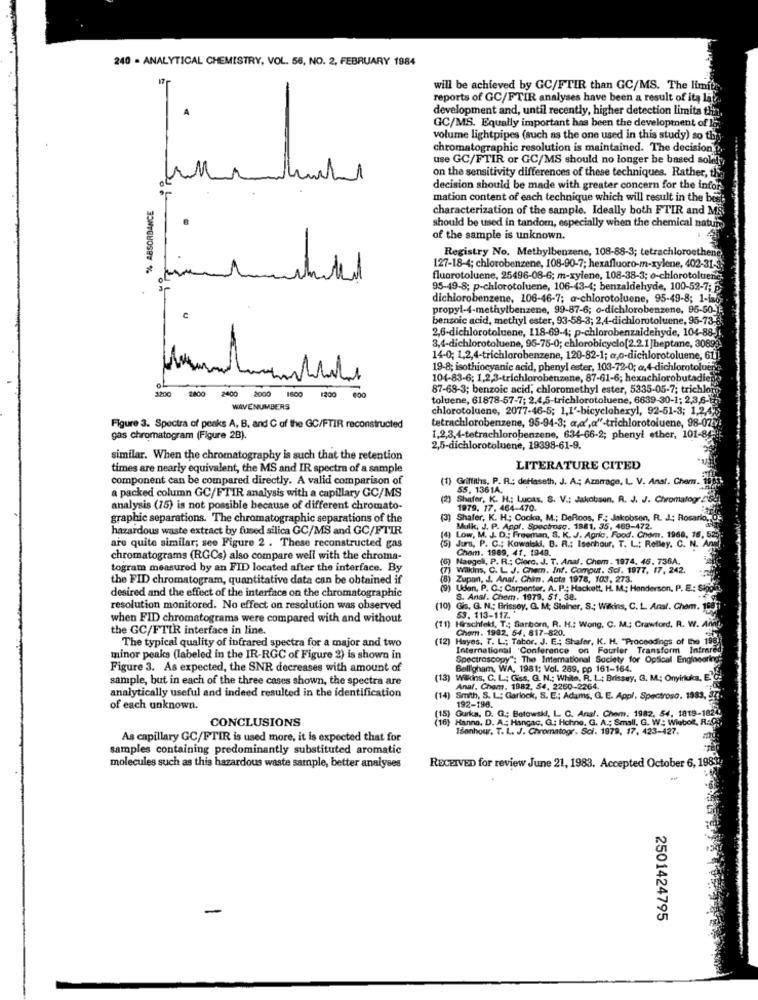
240 - ANALYTICAL CHEMISTRY, VOL. 56, NO. 2, FEBRUARY 1984
17
will be achieved by GC/FTIR than GC/MS. The limits ..
reports of GC/FTIR analyses have been a result of itą lat
development and, until recently, higher detection limita the
GC/MS. Equally important has been the development of Ig.
volume lightpipes (such as the one used in this study) so the
chromatographic resolution is maintained. The decision
use GC/FTIR or GC/MS should no longer be based sold!
on the sensitivity differences of these techniques. Rather, th
decision should be made with greater concern for the infor
line
mation content of each technique which will result in the bis
% ABSORBANCE
characterization of the sample. Ideally both FTIR and MS
should be used in tandom, especially when the chemical nature
of the sample is unknown.
Registry No. Methylbenzene, 108-88-3; tetrachloroethene
127-18-4; chlorobenzene, 108-90-7; hexafluoro-m-xylene, 402-31-
fluorotoluene, 25496-08-6; m-xylene, 108-38-3; o-chlorotoluene
95-49-8; p-chlorotoluene, 106-43-4; benzaldehyde, 100-52-7; p.
dichlorobenzene, 106-46-7; a-chlorotoluene, 95-49-8; 1-in6
propyl-4-methylbenzene, 99-87-6; o-dichlorobenzene, 95-50-):
benzoic acid, methyl ester, 93-58-3; 2,4-dichlorotoluene, 95-73.
2,6-dichlorotoluene, 118-69-4; p-chlorobenzaldehyde, 104-88.
3,4-dichlorotoluene, 95-75-0; chlorobicyclo[2.2.1]heptane, 3089
14-0; 1,2,4-trichlorobenzene, 120-82-1; a,o-dichlorotoluene, 61
19-8; isothiocyanic acid, phenyl ester, 103-72-0; a.4-dichlorotolu
104-83-6; 1,2,3-trichlorobenzene, 87-61-6; hexachlorobutadie
3200
2800 2400
87-68-3; benzoic acid, chloromethyl ester, 5335-05-7; trichlo
2000 1600
1200
toluene, 61878-57-7; 2.4,5-trichlorotoluene, 6639-30-1; 2,3,6-13
WAVENUMBERS
chlorotoluene, 2077-46-5; 1,1'-bicyclohexyl, 92-51-3; 1,2,4,
Figure 3. Spectra of peaks A, B, and C of the GC/FTIR reconstructed
tetrachlorobenzene, 95-94-3; a,a',a"-trichlorotoluene, 98-0747
gas chromatogram (Figure 2B).
1,2,3,4-tetrachlorobenzene, 634-66-2; phenyl ether, 101-84.
2,5-dichlorotoluene, 19398-61-9.
similar. When the chromatography is such that the retention
times are nearly equivalent, the MS and IR spectra of a sample
LITERATURE CITED
component can be compared directly. A valid comparison of
(1) Griffiths. P. R .: detfaseth, J. A .; Azarrage, L. V. Anal. Chem.
a packed column GC/FTIR analysis with a capillary GC/MS
55. 1361A.
) Shafer, K. H .: Lucas, S. V .: Jakobsen. R. J. J. Chromatogr
analysis (15) is not possible because of different chromato-
1979, 17. 464-470.
graphic separations. The chromatographic separations of the
Shafer, K. H .; Cooke, M .; DeRoos, F .; Jakobsen, R. J. Rosario
hazardous waste extract by fused silica GC/MS and GC/FTIR
Mulk, J. P. Appl, Spectroso, 1981, 35, 469-472.
M. J. D. Freeman, S. K. J. Apric, Food. Chom, 1968, 16.
are quite similar; see Figure 2 . These reconstructed gas
(5) Jurs, P. C .; Kowalski, B. R .: Isenhour, T. L .: Rolley. C. N.
Cham. 1969, 41, 1949.
chromatograms (RGCs) also compare well with the chroma-
Naogell, P. R .: Ciorc. J. T. Anaf. Chem . 1974, 46. 736A.
togram measured by an FID located after the interface. By
(7) Wilkins, C. L. J. Chem. Inf. Comput. Sci. 1977, 17, 242.
the FID chromatogram, quantitative data can be obtained if
(8) Zupan, J. Anal. Chim. Acta 1978, 103, 273.
(9) Udan, P. C .: Carpenter, A. P .; Hackett. H. M .; Henderson, P. E .:
desired and the effect of the interface on the chromatographic
S. Anal. Chem. 1979, 51. 38.
resolution monitored. No effect on resolution was observed
(10) Gis. G. N .; Brissoy, G. M; Steiner, S .; Wilkins, C. L. Anaf. Cham.
when FID chromatograms were compared with and without
53. 113-117.
the GC/FTIR interface in line.
(11) Hirschfeld, T .: Sanborn, R. H .; Wong, C. M .; Crawford. R. W. A
Chem. 1982. 54. 817-820.
The typical quality of infrared spectra for a major and two
Hayes. T. L .; Tabor. J. E .; Shafer, K. H. "Proceedings of the 198
International Conference on Fourier Transform Infrare
minor peaks (labeled in the IR-RGC of Figure 2) is shown in
Spectroscopy": The International Society for Optical Engineering
Figure 3. As expected, the SNR decreases with amount of
Belligham, WA, 1981; Vol. 289, pp 161-164.
sample, but in each of the three cases shown, the spectra are
(13) Wilkins, C. L; Giss. G. N .: Whas, R. L .; Brissay, G. M .: Onyinkuka,
Anal, Chom, 1982, 54, 2250-2264.
analytically useful and indeed resulted in the identification
(14) Smith, S. L; Garlock, S. E .; Adams, G. E. Appl. Spectroso, 1983,
192-198.
of each unknown.
CONCLUSIONS
)Gurka, D. G .; Batowski, L. C. Anal. Chem. 1982, 54, 1819-182
Hanna, D. A .: Hangac, G: Hohne, G. A .: Small, G. W .: Wiebel,
Isonhour, T. L. J. Chromatogr. Sci. 1979, 17, 423-427.
As capillary GC/FTIR is used more, it is expected that for
samples containing predominantly substituted aromatic
RECEIVED for review June 21, 1983. Accepted October 6, 1983
molecules such as this hazardous waste sample, better analyses
2501424795